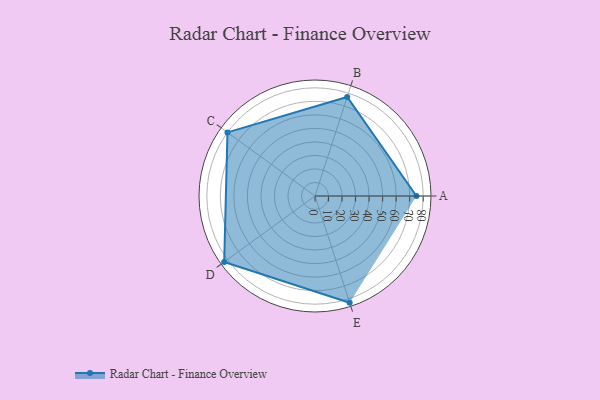
{"axis": {"x": "Skill", "y": "Score"}, "legend": ["Profile"], "data": [{"x": "A", "y": 75.0, "type": "Profile"}, {"x": "B", "y": 77.0, "type": "Profile"}, {"x": "C", "y": 80.0, "type": "Profile"}, {"x": "D", "y": 83.0, "type": "Profile"}, {"x": "E", "y": 83.0, "type": "Profile"}]}